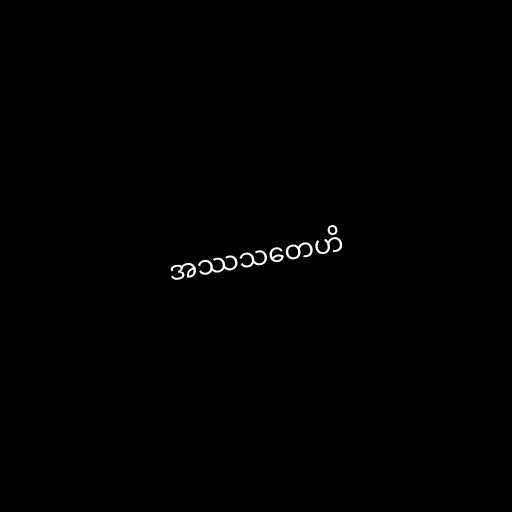
အဿသတေဟိ